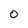
Character: O